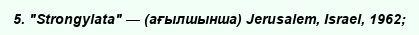
5. "Strongylata" — (ағылшынша) Jerusalem, Israel, 1962;